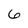
Character: 6